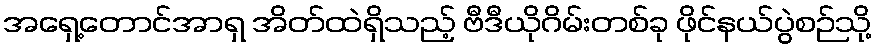
အရှေ့တောင်အာရှ အိတ်ထဲရှိသည့် ဗီဒီယိုဂိမ်းတစ်ခု ဖိုင်နယ်ပွဲစဉ်သို့